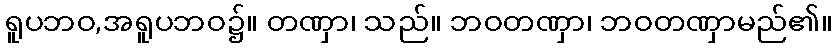
ရူပဘဝ,အရူပဘဝ၌။ တဏှာ၊ သည်။ ဘဝတဏှာ၊ ဘဝတဏှာမည်၏။